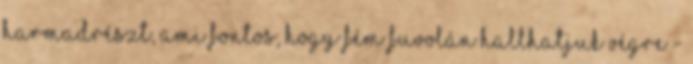
harmadrészt, ami fontos, hogy fém fuvolán hallhatjuk végre -